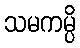
သမကမ္ပိ